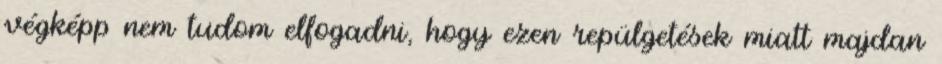
végképp nem tudom elfogadni, hogy ezen repülgetések miatt majdan